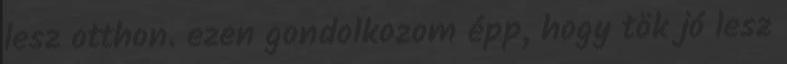
lesz otthon. ezen gondolkozom épp, hogy tök jó lesz